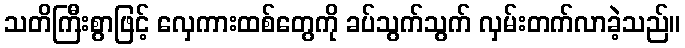
သတိကြီးစွာဖြင့် လှေကားထစ်တွေကို ခပ်သွက်သွက် လှမ်းတက်လာခဲ့သည်။